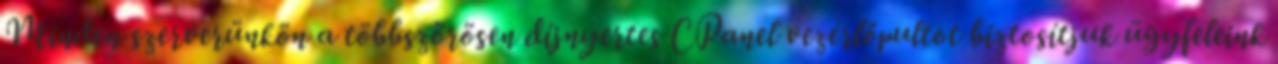
Minden szerverünkön a többszörösen díjnyertes CPanel vezérlőpultot biztosítjuk ügyfeleink